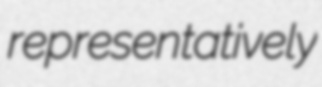
representatively